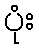
ပုံး